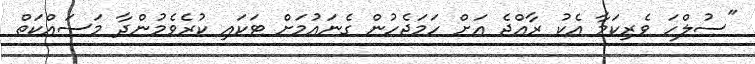
"ސުލްހަ ވެރިކަމާ އެކު ރާއްޖެ އަށް ހަމަޖެހުން ގެނައުމަށް ޓަކައި ކުރެވެމުންދާ މަސައްކަތް